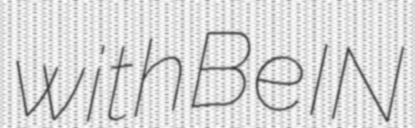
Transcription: with BeIN